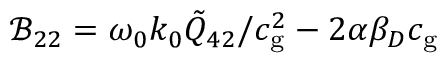
\mathcal { B } _ { 2 2 } = \omega _ { 0 } k _ { 0 } \tilde { Q } _ { 4 2 } / c _ { \mathrm { g } } ^ { 2 } - 2 \alpha \beta _ { D } c _ { \mathrm { g } }